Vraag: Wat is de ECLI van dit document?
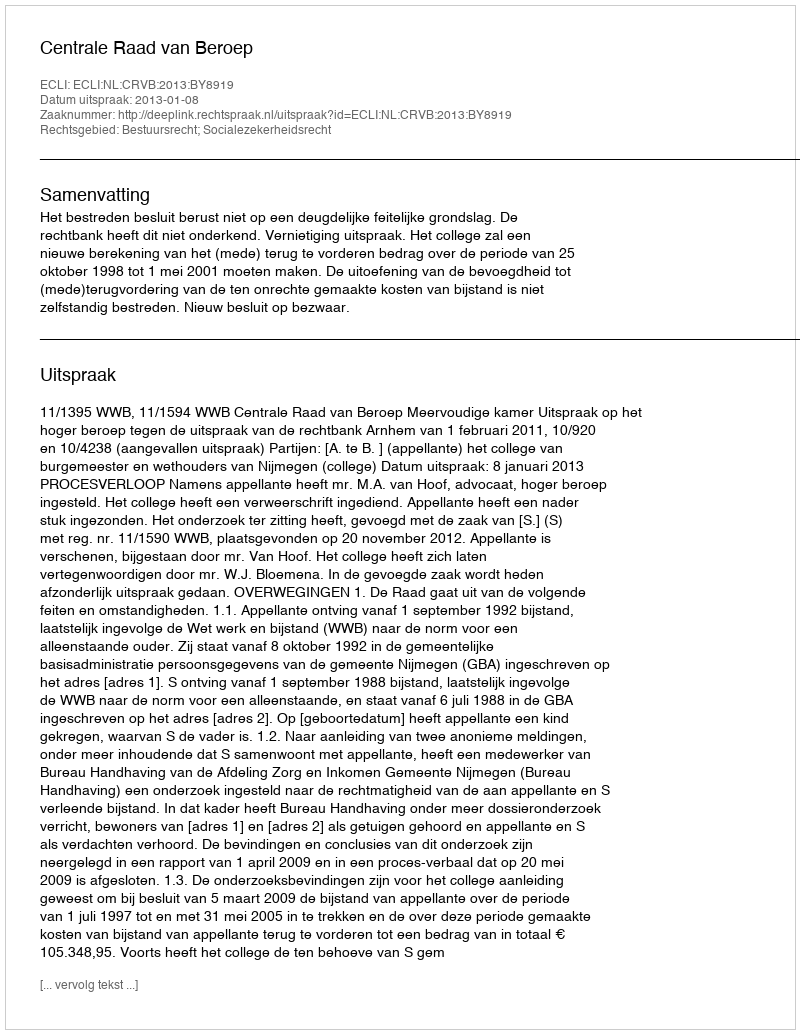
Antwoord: ECLI:NL:CRVB:2013:BY8919